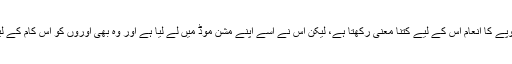
اور ایک لاکھ روپے کا انعام اس کے لیے کتنا معنی رکھتا ہے، لیکن اس نے اسے اپنے مشن موڈ میں لے لیا ہے اور وہ بھی اوروں کو اس کام کے لیے لگا رہی ہیں۔